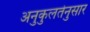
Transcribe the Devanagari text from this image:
अनुकुलतेनुसार